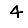
Digit: 4